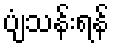
ပျံသန်းရန်